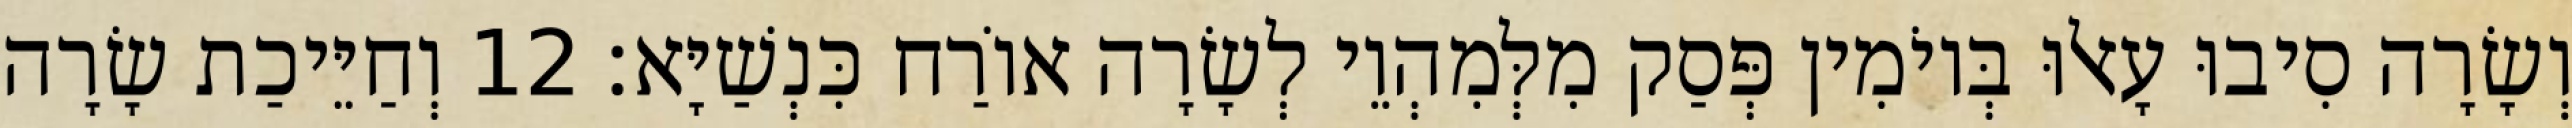
וְשָׂרָה סִיבוּ עָאלוּ בְּיוֹמִין פְּסַק מִלְּמִהְוֵי לְשָׂרָה אוֹרַח כִּנְשַׁיָּא׃ 12 וְחַיֵּיכַת שָׂרָה